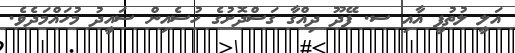
އަލީ ލުތުފީ އާއި ސ. ފޭދޫ ދިއްގާ ގަސްދޮށުގެ ހުސެއިން ސައީދު މުހައްމަދެވެ.